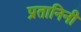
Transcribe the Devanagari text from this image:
प्रतानिनी